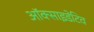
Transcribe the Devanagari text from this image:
ऑक्साइडेटिव